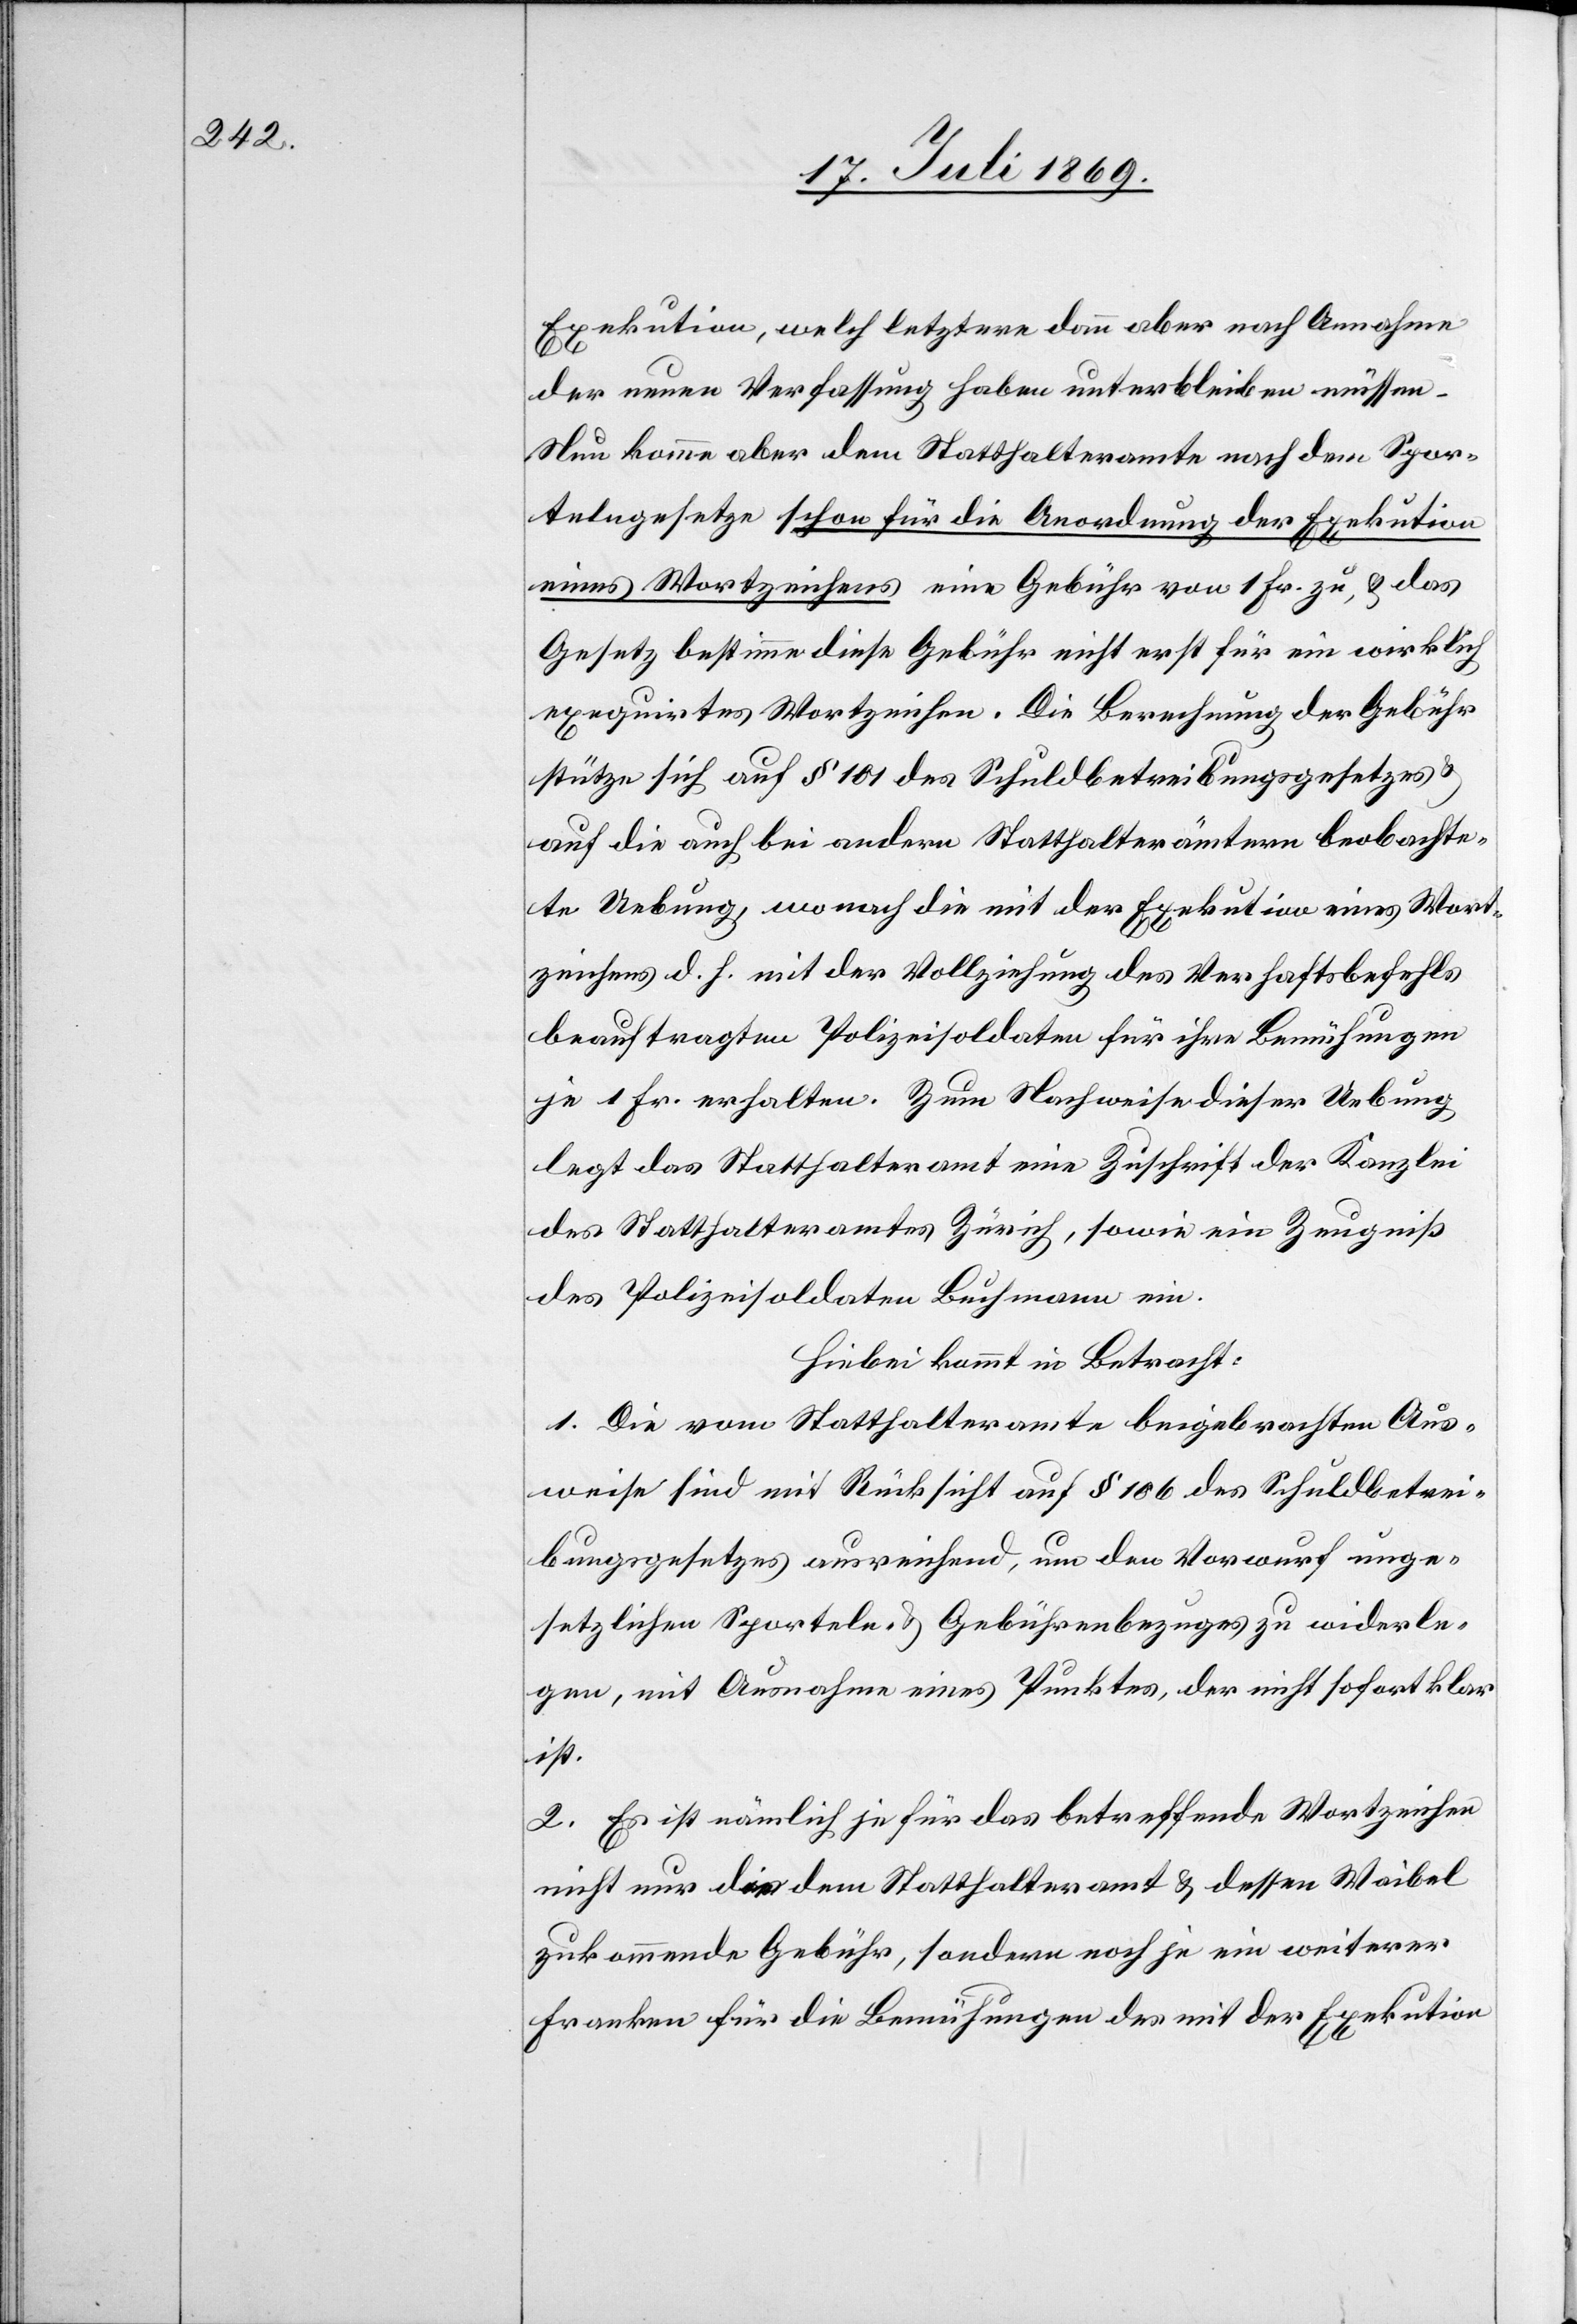
Exekution, welch letztere dann aber nach Annahme
der neuen Verfassung haben unterbleiben müssen
Nun komme aber dem Statthalteramte nach dem Spor¬
telngesetze schon für die Anordnung der Exekution
eines Wortzeichens eine Gebühr von 1 Fr. zu, u. das
Gesetz bestimme diese Gebühr nicht erst für ein wirklich
exequirtes Wortzeichen. Die Berechnung der Gebühr
stütze sich auf § 101 des Schuldbetreibungsgesetzes
auf die auch bei andern Statthalterämtern beobachte¬
te Uebung, wonach die mit der Execution eines Wort¬
zeichens d. h. mit der Vollziehung des Verhaftsbefehls
beauftragten Polizeisoldaten für ihre Bemühungen
je 1 Fr. erhalten. Zum Nachweise dieser Uebung
legt das Statthalteramt eine Zuschrift der Kanzlei
des Statthalteramtes Zürich, sowie ein Zeugniß
des Polizeisoldaten Buchmann ein.
Hiebei kommt in Betracht:
1. Die vom Statthalteramte beigebrachten Aus¬
weise sind mit Rücksicht auf § 106 des Schuldbetrei¬
bungsgesetzes ausreichend, um den Vorwurf unge¬
setzlichen Sporteln- u. Gebührenbezuges zu widerle¬
gen, mit Ausnahme eines Punktes, der nicht sofort klar
ist.
2. Es ist nämlich je für das betreffende Wortzeichen
nicht nur die dem Statthalteramt u. dessen Waibel
zukommende Gebühr, sondern noch je ein weiterer
Franken für die Bemühungen des mit der Execution